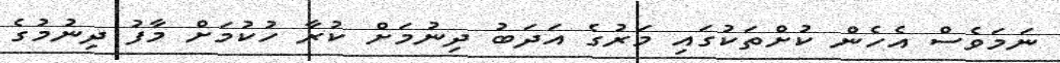
ނަމަވެސް އެހެން ކުށްތަކުގައި މަރުގެ އަދަބު ދިނުމަށް ކުރާ ހުކުމަށް މާފު ދިނުމުގެ